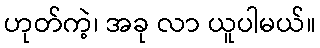
ဟုတ်ကဲ့၊ အခု လာ ယူပါမယ်။